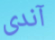
آندى